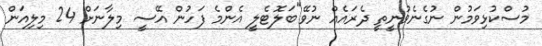
މުސްކުޅިވަމުން ނުގެނެވުނީތީ ދެރައެއް ނުވޭ"ބަލޮޓެލީ އެންމެ ފަހުން އޭސީ މިލާނަށް 24 މިލިއަން